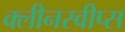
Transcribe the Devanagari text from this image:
क्लीनस्वीप्स